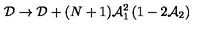
{ \cal D } \rightarrow { \cal D } + ( N + 1 ) { \cal A } _ { 1 } ^ { 2 } \left( 1 - 2 { \cal A } _ { 2 } \right)